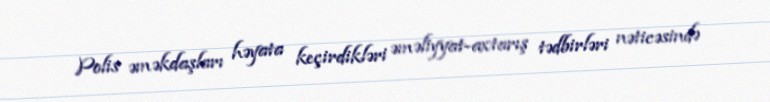
Polis əməkdaşları həyata keçirdikləri əməliyyat-axtarış tədbirləri nəticəsində